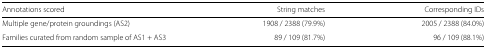
<table><thead><tr><td><b>Annotations scored</b></td><td><b>String matches</b></td><td><b>Corresponding IDs</b></td></tr></thead><tbody><tr><td>Multiple gene/protein groundings (AS2)</td><td>1908 / 2388 (79.9%)</td><td>2005 / 2388 (84.0%)</td></tr><tr><td>Families curated from random sample of AS1 + AS3</td><td>89 / 109 (81.7%)</td><td>96 / 109 (88.1%)</td></tr></tbody></table>